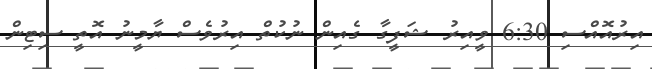
އިރުއޮއްސި 6:30 ވީއިރު ޝަފީގާ ގެއިން ނުކުތް އިރުވެސް ޔާމީނު އޮތީ ސިޓިން